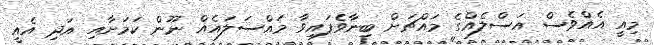
މިއީ އެއްވެސް އަސްލެއްގެ މައްޗަށް ބިނާވެފައިވާ މައްސަލައެއް ނޫން ކަމަށާއި އަދި އެއީ